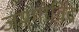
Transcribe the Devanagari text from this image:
जयगोविंद